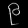
Digit: ၉